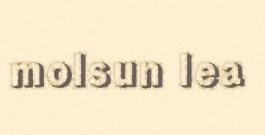
molsun lea